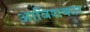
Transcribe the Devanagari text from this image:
आविशकार